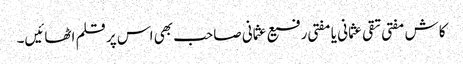
کاش مفتی تقی عثمانی یا مفتی رفیع عثمانی صاحب بھی اس پر قلم اٹھائیں۔